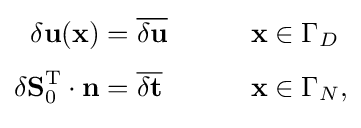
{\begin{aligned}\delta {\bf {u}}({\bf {x}})&={\overline {\delta {\bf {u}}}}&&\qquad {\bf {x}}\in {\Gamma _{D}}\\[3pt]\delta {\bf {S}}_{0}^{\rm {T}}\cdot {\bf {n}}&={\overline {\delta {\bf {t}}}}&&\qquad {\bf {x}}\in {\Gamma _{N}},\\[3pt]\end{aligned}}